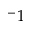
^ - 1